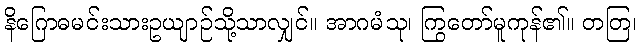
နိဂြောဓမင်းသားဥယျာဉ်သို့သာလျှင်။ အာဂမံသု၊ ကြွတော်မူကုန်၏။ တတြ၊